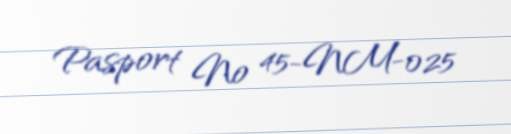
Pasport № 45-NM-025